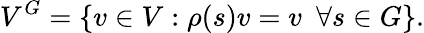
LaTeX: V^{G}=\{ v\in V:\rho(s)v=v\, \, \, \forall s\in G\} .